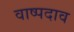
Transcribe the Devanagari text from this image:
वाष्पदाव